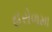
હરોળમા